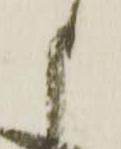
申